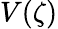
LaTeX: V(\zeta)